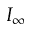
I _ { \infty }